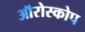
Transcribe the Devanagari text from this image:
ऑरोस्कोप